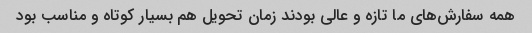
همه سفارش‌های ما تازه و عالی بودند زمان تحویل هم بسیار کوتاه و‌ مناسب بود